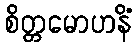
စိတ္တမောဟနိံ